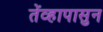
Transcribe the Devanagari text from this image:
तेंव्हापासुन